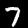
Digit: 7